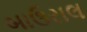
બાઉરાલ